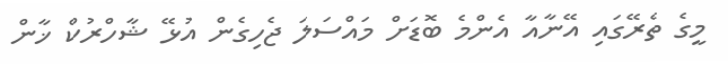
މީގެ ތެރޭގައި އޭނާއާ އެންމެ ބޮޑަށް މައްސަލަ ޖެހިގެން އުޅޭ ޝާހްރުކް ޚާން